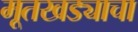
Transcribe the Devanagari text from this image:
मूतखड्याचा